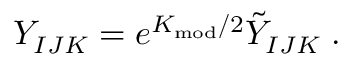
Y _ { I J K } = e ^ { K _ { \mathrm { m o d } } / 2 } \tilde { Y } _ { I J K } \; .